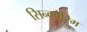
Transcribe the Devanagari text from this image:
सिन्क्वैरिम